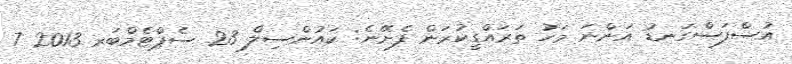
އުސްފަސްގަނޑު އަންނަ މަހު ތަރައްގީކުރަން ފެށޭނެ: ކައުންސިލް 23 ސެޕްޓެމްބަރ 2013 7